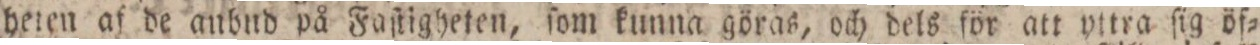
heten af de anbnd på Faſtigheten, ſom kunna göras, och dels för att yttra ſig öf=